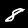
Digit: 8